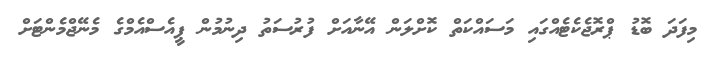
މިފަދަ ބޮޑު ޕްރޮޖެކެޓެއްގައި މަސައްކަތް ކޮށްލަން އޭނާއަށް ފުރުސަތު ދިނުމުން ޕީއެސްއެމްގެ މެނޭޖްމެންޓަށް